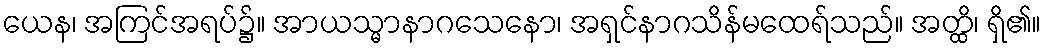
ယေန၊ အကြင်အရပ်၌။ အာယသ္မာနာဂသေနော၊ အရှင်နာဂသိန်မထေရ်သည်။ အတ္ထိ၊ ရှိ၏။